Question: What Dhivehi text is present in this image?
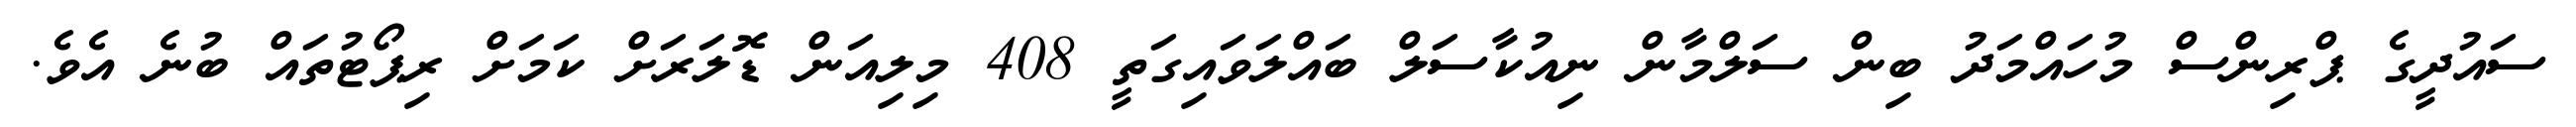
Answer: ސައުދީގެ ޕްރިންސް މުހައްމަދު ބިން ސަލްމާން ނިއުކާސަލް ބައްލަވައިގަތީ 408 މިލިއަން ޑޮލަރަށް ކަމަށް ރިޕޯޓުތައް ބުނެ އެވެ.